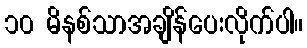
၁၀ မိနစ်သာအချိန်ပေးလိုက်ပါ။